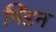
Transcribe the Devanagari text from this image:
मिंडन